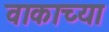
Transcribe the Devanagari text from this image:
वाकाच्या